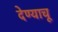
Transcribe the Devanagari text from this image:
देण्याचू